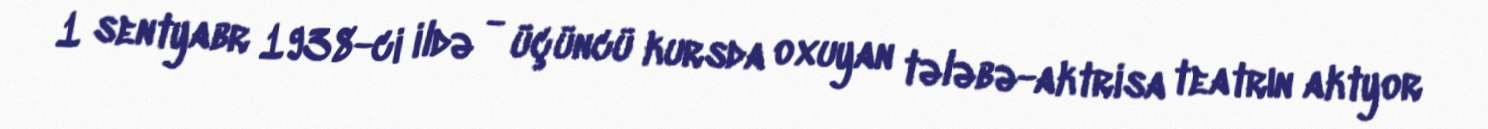
1 sentyabr 1938-ci ildə - üçüncü kursda oxuyan tələbə-aktrisa teatrın aktyor